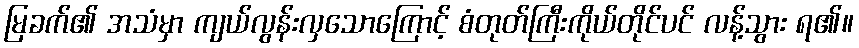
မြခက်၏ အသံမှာ ကျယ်လွန်းလှသောကြောင့် စံတုတ်ကြီးကိုယ်တိုင်ပင် လန့်သွား ရ၏။